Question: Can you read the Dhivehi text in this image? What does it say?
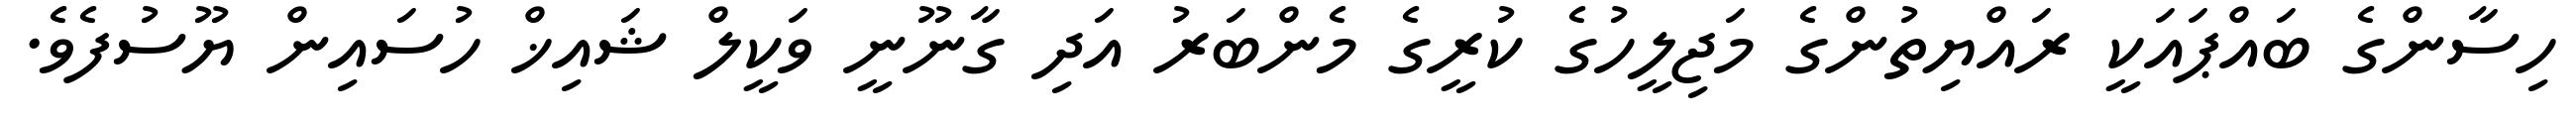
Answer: ހިސާންގެ ބައްޕައަކީ ރައްޔިތުންގެ މަޖިލީހުގެ ކުރީގެ މެންބަރު އަދި ގާނޫނީ ވަކީލް ޝައިޚް ހުސައިން ޔޫސުފެވެ.